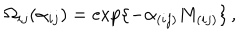
LaTeX: \Omega _ { i j } ( \alpha _ { i j } ) = \exp \{ - \alpha _ { ( i j ) } M _ { ( i j ) } \} \, ,